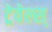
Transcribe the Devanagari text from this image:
ट्रेवेल्स्